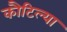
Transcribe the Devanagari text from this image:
कौटिल्या